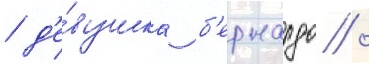
/ д'е́вушка б'ернардо /